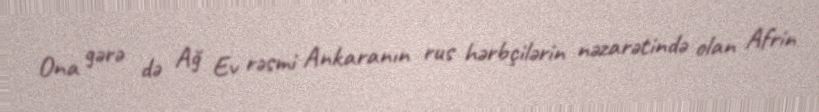
Ona gərə də Ağ Ev rəsmi Ankaranın rus hərbçilərin nəzarətində olan Afrin